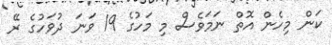
ކަން މިހެން އޮތް ނަމަވެސް މި މަހުގެ 19 ވަނަ ދުވަހުގެ ރޭ